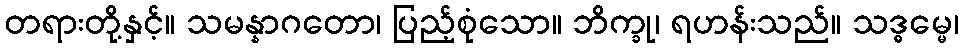
တရားတို့နှင့်။ သမန္နာဂတော၊ ပြည့်စုံသော။ ဘိက္ခု၊ ရဟန်းသည်။ သဒ္ဓမ္မေ၊